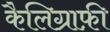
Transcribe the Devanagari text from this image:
कैलिग्राफ़ी